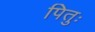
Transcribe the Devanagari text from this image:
पितुः